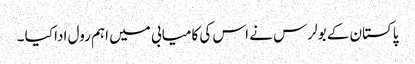
پاکستان کے بولرس نے اس کی کامیابی میں اہم رول ادا کیا ۔